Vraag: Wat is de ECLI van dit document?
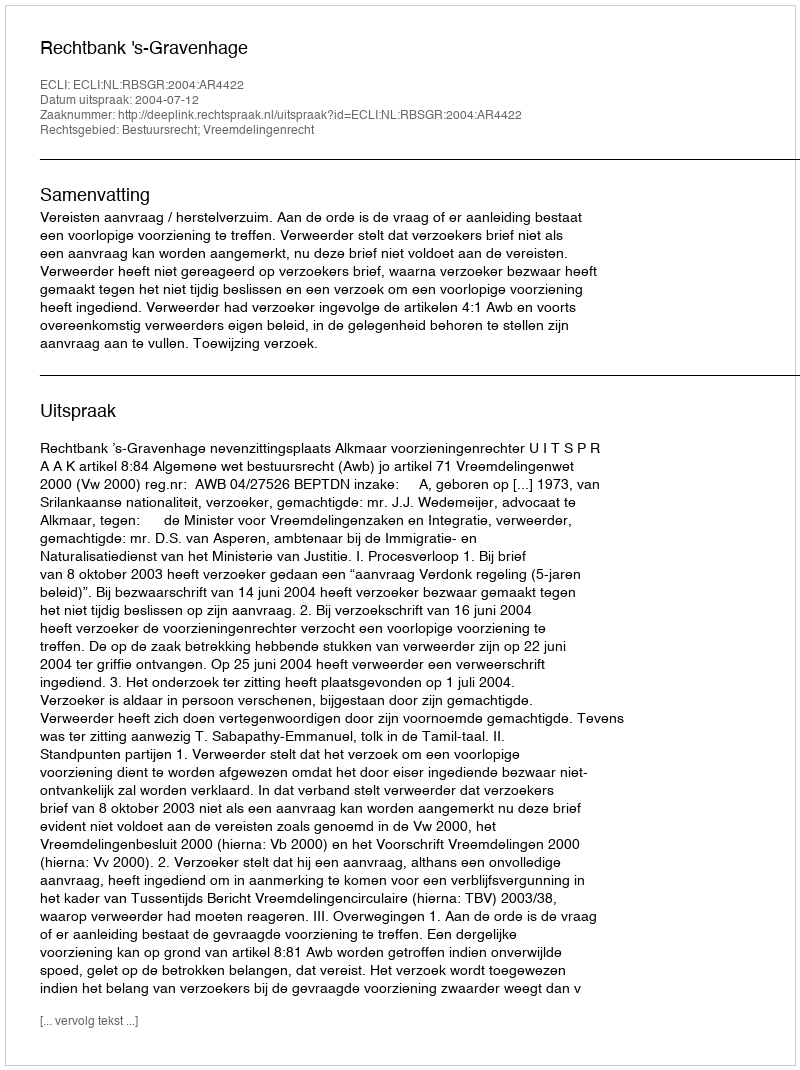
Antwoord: ECLI:NL:RBSGR:2004:AR4422